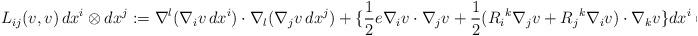
LaTeX: \begin{align*} L_{ij}(v,v)\,dx^i\otimes dx^j:=\nabla^l(\nabla_iv\,dx^i)\cdot\nabla_l(\nabla_jv\,dx^j)+\{\frac{1}{2}e\nabla_iv \cdot\nabla_jv+\frac{1}{2}(R_i{}^k\nabla_jv+R_j{}^k\nabla_iv)\cdot \nabla_kv\}dx^i\otimes dx^j-\Delta v\cdot\nabla_i(\nabla_jv\,dx^j)dx^i .\end{align*}